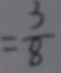
= \frac { 3 } { 8 }